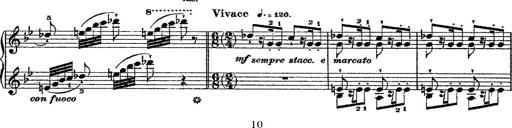
Title: Fantaisie romantique sur deux mÃ©lodies suisses
Composer: Franz Liszt